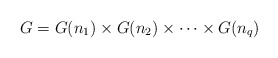
\begin{align*}G = G(n_{1}) \times G(n_{2}) \times \cdots \times G(n_{q})\end{align*}